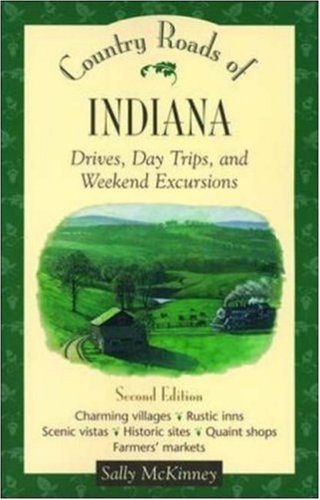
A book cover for Country Roads of Indiana; Sally McKinney; Travel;